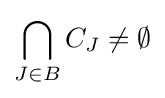
\bigcap _{J\in B}C_{J}\neq \emptyset